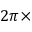
2 \pi \times